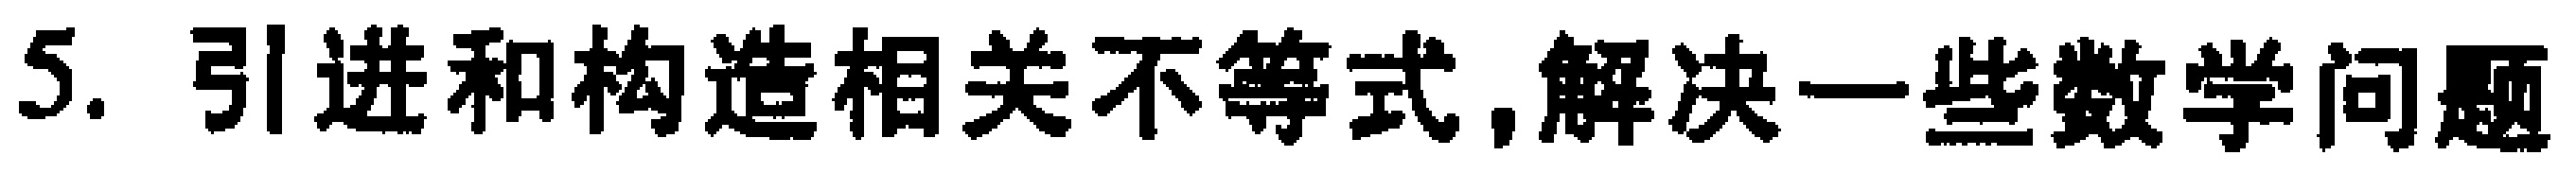
5. 引进和构造相关不等式,解决一些数学问题